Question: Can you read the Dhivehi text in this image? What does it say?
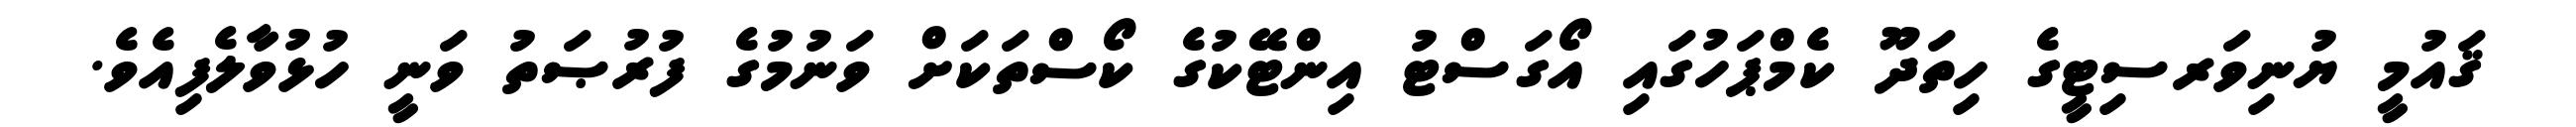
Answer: ޤައުމީ ޔުނިވަރސިޓީގެ ހިތަދޫ ކެމްޕަހުގައި އޯގަސްޓު އިންޓޭކުގެ ކޯސްތަކަށް ވަނުމުގެ ފުރުޞަތު ވަނީ ހުޅުވާލެފިއެވެ.